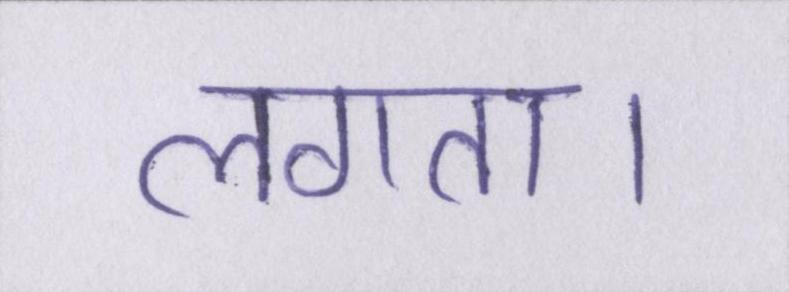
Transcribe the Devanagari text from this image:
लगता।